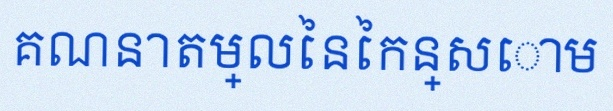
គណនាតម្លៃនៃកន្សោម